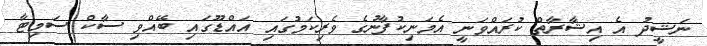
ނަޝީދު އެ އިޝާރާތް ކުރައްވަނީ އެމަނިކުފާނުގެ ވެރިކަމުގައި އައްޑޫގައި ބޭއްވި ސާކް ސަމިޓާ